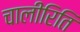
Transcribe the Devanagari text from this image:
चालीरिति